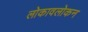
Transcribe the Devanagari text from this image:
लोकावलोकन